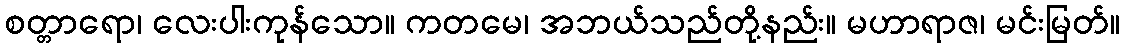
စတ္တာရော၊ လေးပါးကုန်သော။ ကတမေ၊ အဘယ်သည်တို့နည်း။ မဟာရာဇ၊ မင်းမြတ်။